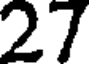
27